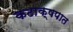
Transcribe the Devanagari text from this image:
कटाक्षपात